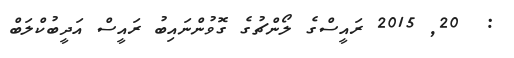
:  20